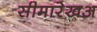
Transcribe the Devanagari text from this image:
सीमारेखअ